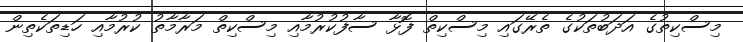
މިސްކިތުގެ އަދަބުތަކުގެ ތެރޭގައި މިސްކިތް ފޮޅާ ސާފުކުރުމާއި މިސްކިތް މަރާމާތު ކުރުމާއި ހަޑިތަކެތިން